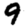
Digit: 9